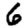
Digit: 6